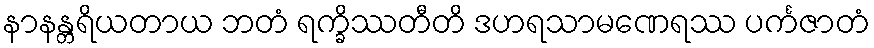
နာနန္တရိယတာယ ဘတံ ရက္ခိဿတီတိ ဒဟရသာမဏေရဿ ပင်္ကဇာတံ